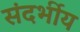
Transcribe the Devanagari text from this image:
संदर्भीय